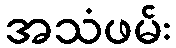
အသံဖမ်း